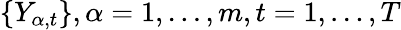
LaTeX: \{ Y_{\alpha,t}\} ,\alpha=1,\ldots,m,t=1,\ldots,T